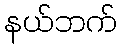
နယ်ဘက်